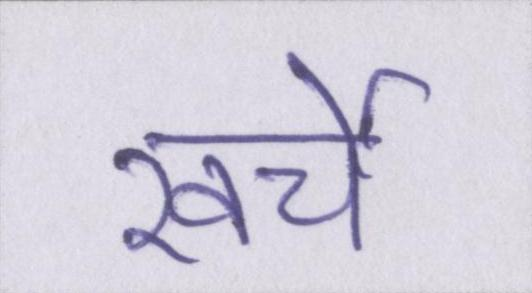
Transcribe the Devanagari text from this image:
खर्चे